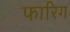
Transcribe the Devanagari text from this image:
फारिग